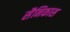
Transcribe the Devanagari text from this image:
सैनिकास